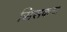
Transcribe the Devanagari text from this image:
सिसकना